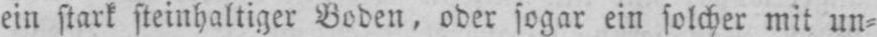
ein stark steinhaltiger Boden, oder sogar ein solcher mit un⸗